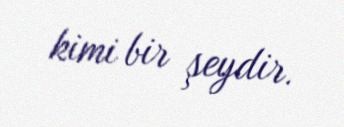
kimi bir şeydir.